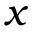
x